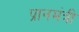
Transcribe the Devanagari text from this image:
प्रानमंत्री